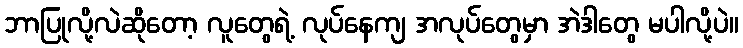
ဘာပြုလို့လဲဆိုတော့ လူတွေရဲ့ လုပ်နေကျ အလုပ်တွေမှာ အဲဒါတွေ မပါလို့ပဲ။